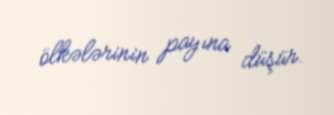
ölkələrinin payına düşür.